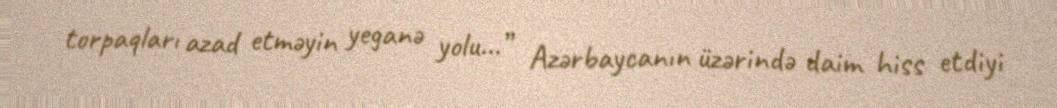
torpaqları azad etməyin yeganə yolu...” Azərbaycanın üzərində daim hiss etdiyi